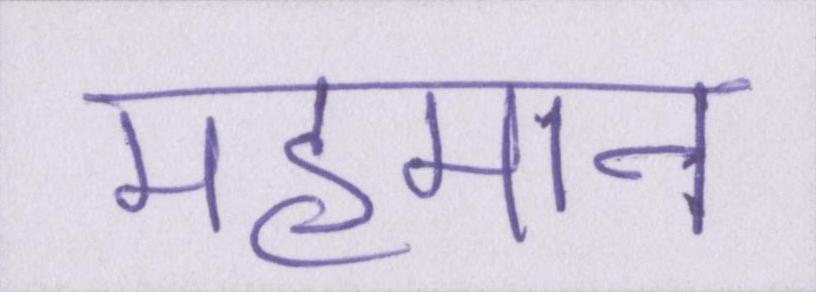
महमान